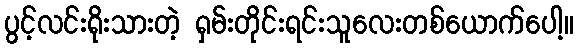
ပွင့်လင်းရိုးသားတဲ့ ရှမ်းတိုင်းရင်းသူလေးတစ်ယောက်ပေါ့။